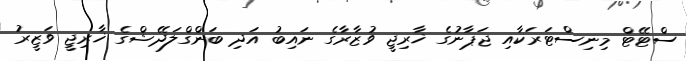
ސްޓޭޓް މިނިސްޓަރަކާއި ޖަޕާނުގެ ޚާރިޖީ ވުޒާރާގެ ނައިބު އަދި ބަންގްލަދޭޝްގެ ޚާރިޖީ ވަޒީރު